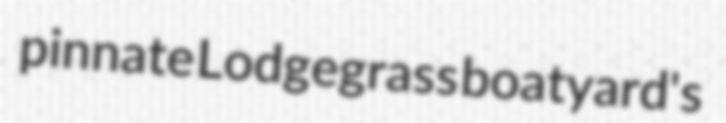
pinnate Lodgegrass boatyard's